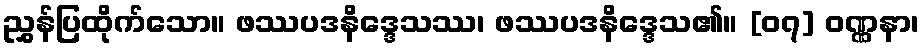
ညွှန်ပြထိုက်သော။ ဖဿပဒနိဒ္ဒေသဿ၊ ဖဿပဒနိဒ္ဒေသ၏။ [၀၇] ဝဏ္ဏနာ၊